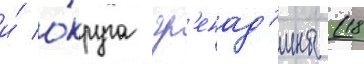
и́ о́круга гр'енад'ины (18